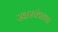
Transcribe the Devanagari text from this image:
स्वरयंत्राचा